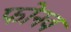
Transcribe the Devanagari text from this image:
फोनवं